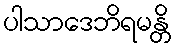
ပါသာဒေဘိရမန္တိ